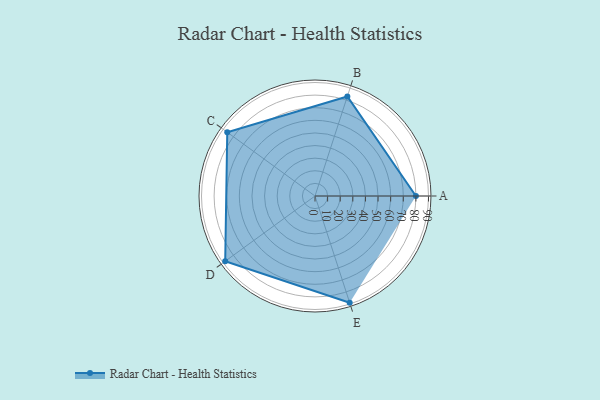
{"axis": {"x": "Skill", "y": "Score"}, "legend": ["Profile"], "data": [{"x": "A", "y": 80.0, "type": "Profile"}, {"x": "B", "y": 83.0, "type": "Profile"}, {"x": "C", "y": 86.0, "type": "Profile"}, {"x": "D", "y": 88.0, "type": "Profile"}, {"x": "E", "y": 89.0, "type": "Profile"}]}